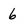
Character: 6